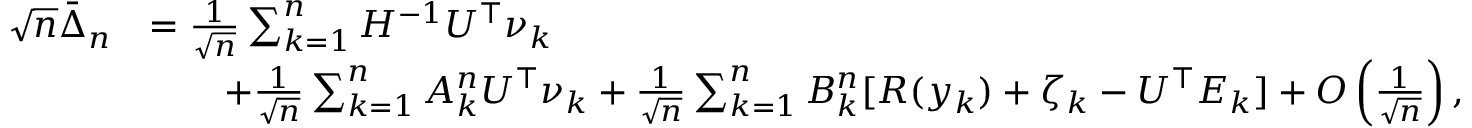
\begin{array} { r l } { \sqrt { n } \bar { \Delta } _ { n } } & { = \frac { 1 } { \sqrt { n } } \sum _ { k = 1 } ^ { n } H ^ { - 1 } U ^ { \top } \nu _ { k } } \\ & { \qquad + \frac { 1 } { \sqrt { n } } \sum _ { k = 1 } ^ { n } A _ { k } ^ { n } U ^ { \top } \nu _ { k } + \frac { 1 } { \sqrt { n } } \sum _ { k = 1 } ^ { n } B _ { k } ^ { n } [ R ( y _ { k } ) + \zeta _ { k } - U ^ { \top } E _ { k } ] + O \left( \frac { 1 } { \sqrt { n } } \right) , } \end{array}